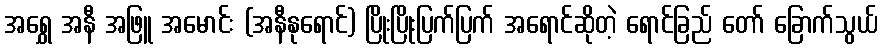
အရွှေ အနီ အဖြူ အမောင်း (အနီနုရောင်) ပြိုးပြိုးပြက်ပြက် အရောင်ဆိုတဲ့ ရောင်ခြည် တော် ခြောက်သွယ်